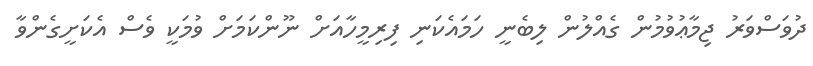
ދުވަސްވަރު ޖިމާޢުވުމުން ގެއްލުން ލިބެނީ ހަމައެކަނި ފިރިމީހާއަށް ނޫންކަމަށް ވުމަކީ ވެސް އެކަށީގެންވާ